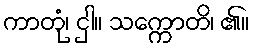
ကာတုံ၊ ငှါ။ သက္ကောတိ၊ ၏။